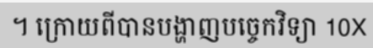
។ ក្រោយពីបានបង្ហាញបច្ចេកវិទ្យា 10X